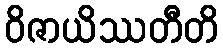
ဝိဇာယိဿတီတိ